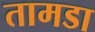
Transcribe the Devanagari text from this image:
तामडा